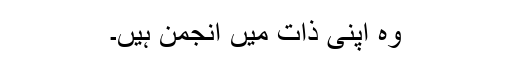
وہ اپنی ذات میں انجمن ہیں۔